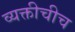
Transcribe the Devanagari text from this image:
व्यक्तीचीच